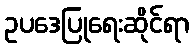
ဥပဒေပြုရေးဆိုင်ရာ